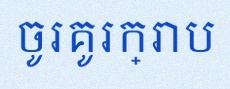
ចូរគូរក្រាប